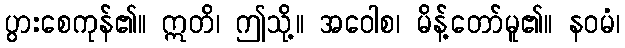
ပွားစေကုန်၏။ ဣတိ၊ ဤသို့။ အဝေါစ၊ မိန့်တော်မူ၏။ နဝမံ၊